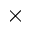
\times